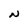
Character: N